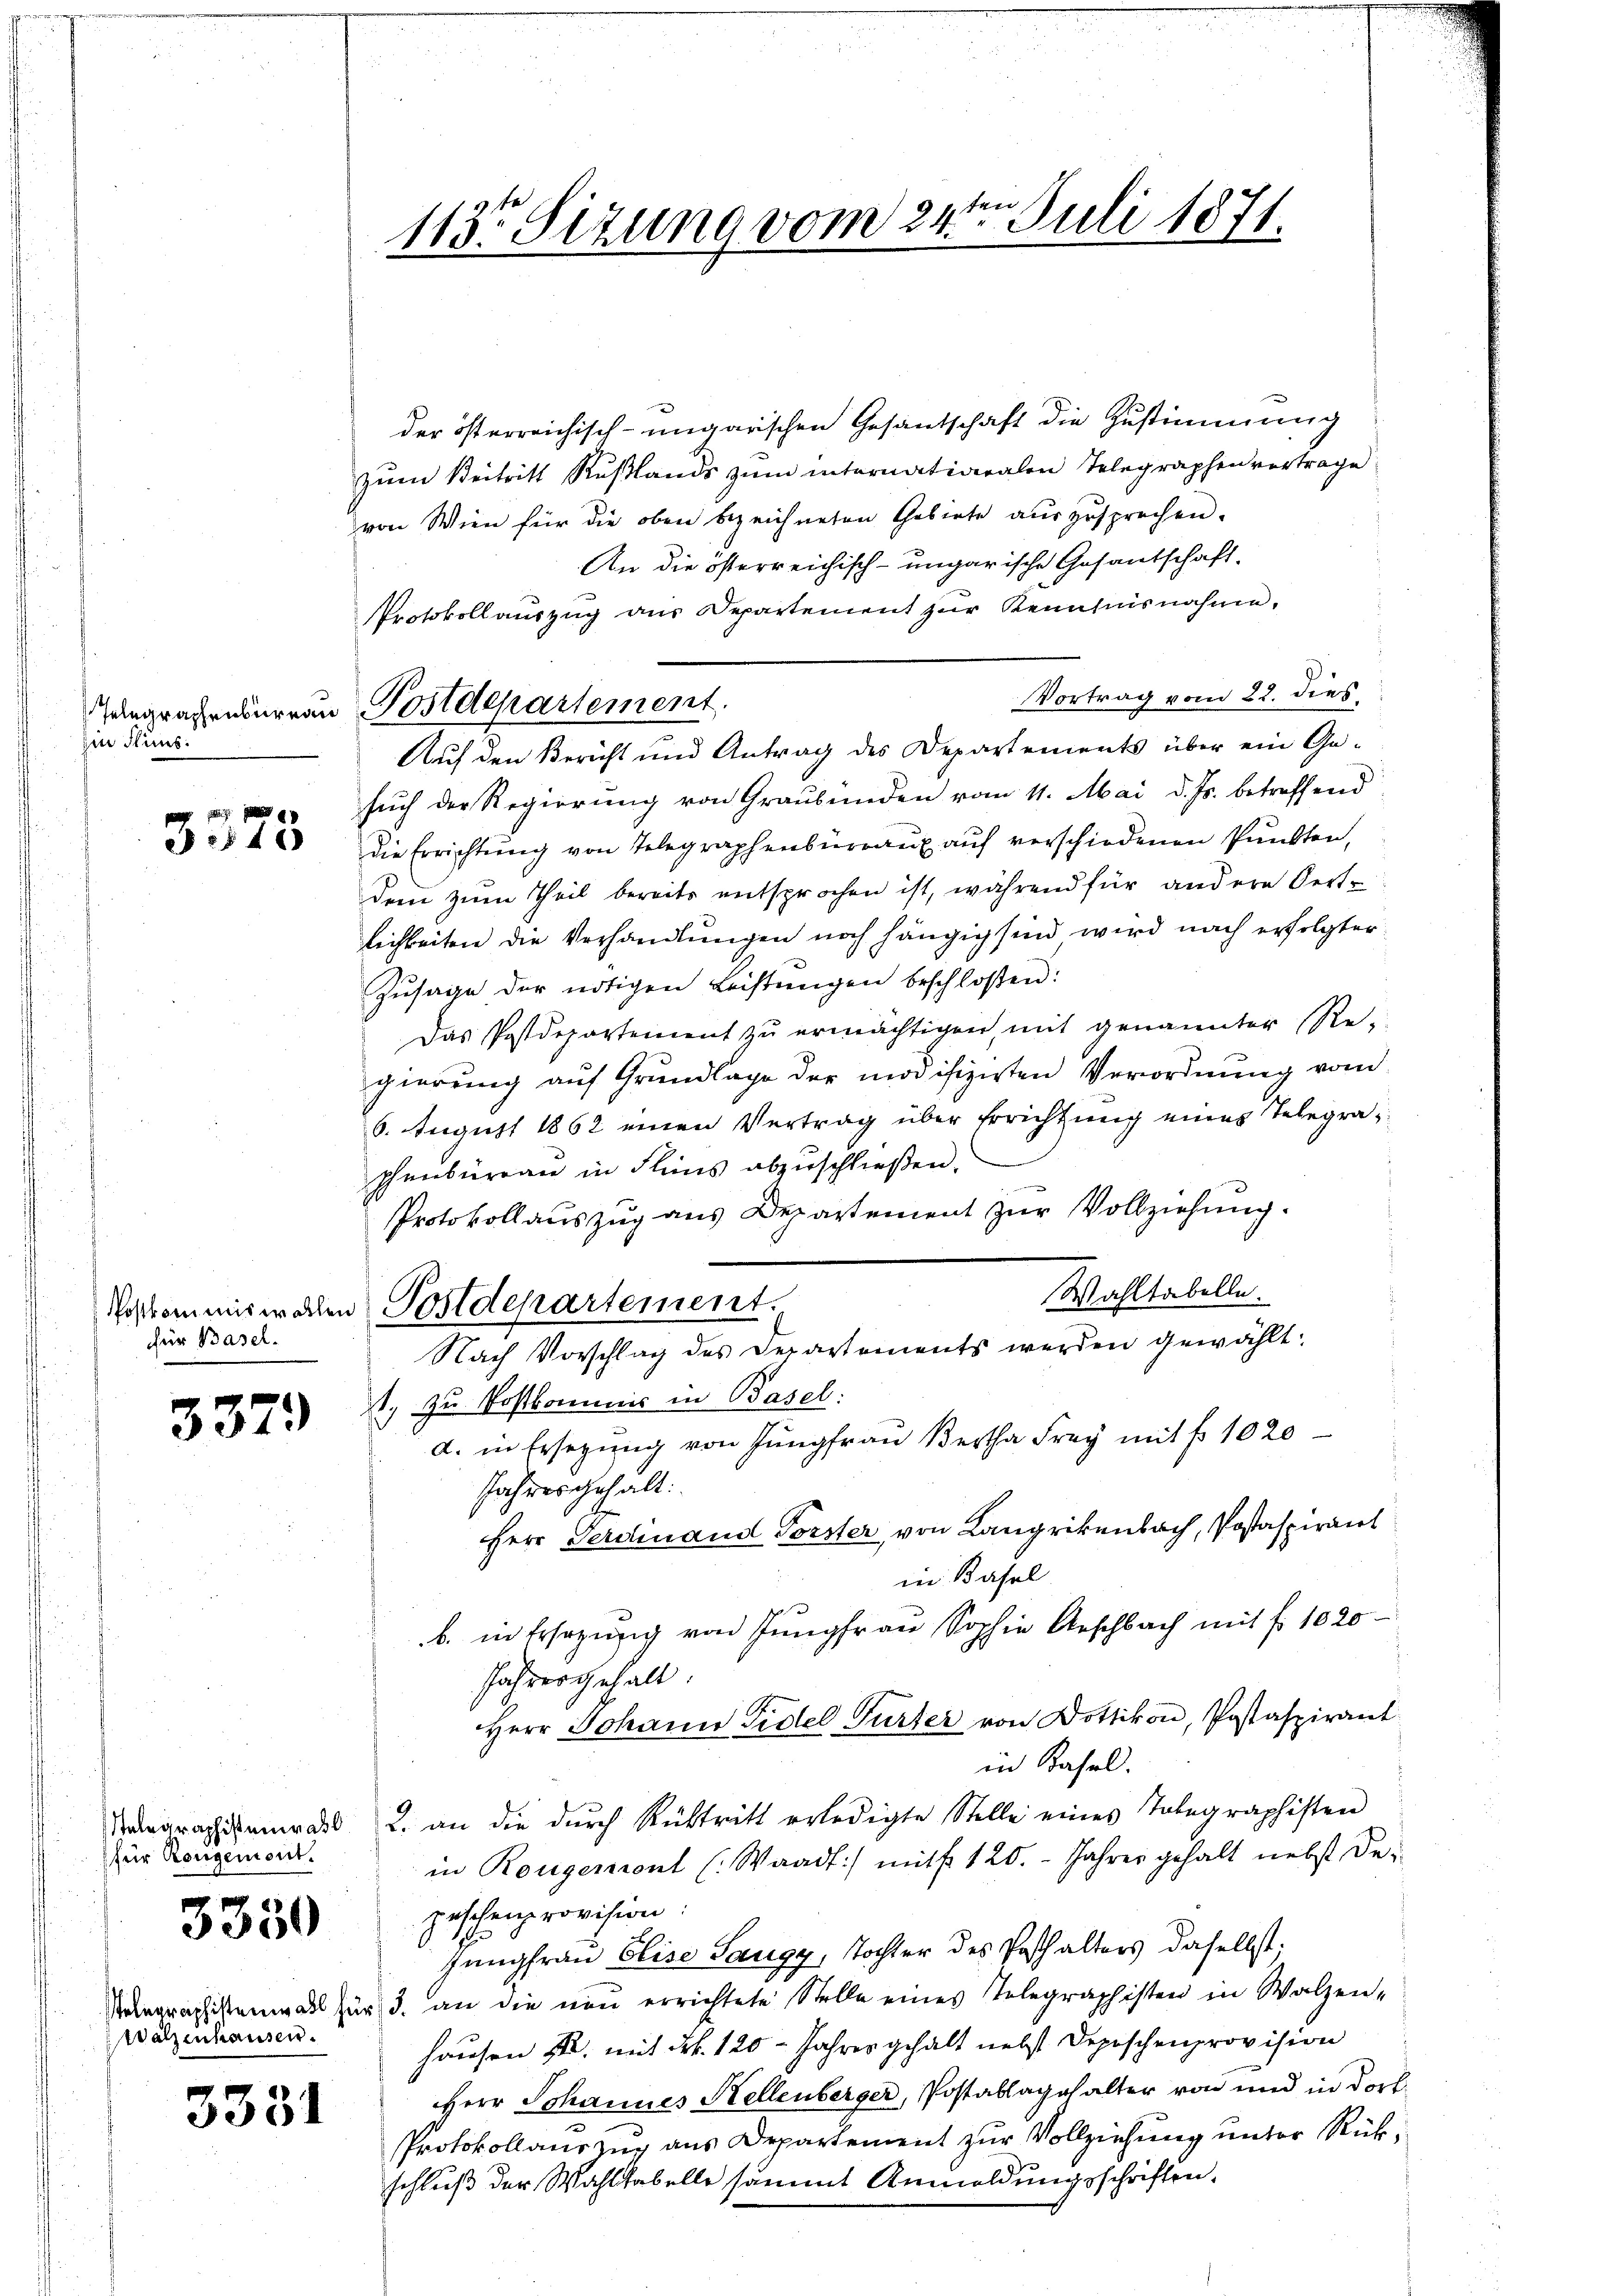
Ein Kuns

2
3343

für Basel.

3379)

für Rongement.

3330

Walzenhausen.

3331

der österreichisch-ungarischen Gesantschaft die Zustimmung
zum Beitritt Rußlands zum internationalen Telegraphen vertrage
von Wien für die oben bezeichneten Gebiete auszusprechen.
An die österreichisch-ungarische Gesandschaft-
Vortrag vom 22. dies
Auf den Bericht und Antrag des Departements über ein Gesŭch der Regierung von Graubünden vom 11. Mai d. Js. betreffend
die Errichtŭng von Telegraphenbŭrraŭf aŭf verschiedenen Pŭnkten,
dem zum Theil bereits entsprochen ist, während für andere Oert-
lichkeiten die Verhandlungen noch hängig sind wird nach erfolgter
Zusage der nötigen Leistungen beschloßen:
Das Postdepartement zu ermächtigen, mit genannter Re-
gierung auf Grundlage der modifizirten Verordnung vom
6. August 1862 einen Vertrag über Errichtung eines Telegraphenbureau in Flins abzuschließen.
Protokollauszug aus Departement zur Vollziehung.
Wahltabelle.
Nach Vorschlag des Departements werden gewählt:
st. zu Postkommnis in Basel:
d. in Ersezung von Jungfrau Bertha Frey mit fr. 1020
Jahres gehalt:
Herr Ferdinand Forster, von Langrikenbach, Postaspiranl
in Basel
b. in Ersezung von Jungfrau Sophie Anschbach mit fr. 1020
Jahrer gehalt.
Herr Johann Fidel Gurter von Dottikon, Postaspirant
in Basel.
Nagraphiena u. an die dŭrch Rücktritt erledigte Stelle eines Tolegraphisten
in Rougeront (Waadt:/ mit 120. Jahrer gehalt nebst Depeschenprovision.
e
Jungfrau Elise Saugg, Tochter des Posthalters daselbst.
Seegraphistenmal für 3. an die neŭ errichtete Stelle eines Telegraphisten in Walzen-
hausen u. mit Frk. 120 - Jahres gehalt nebst Depeschenprovision
Herr Johannes Stellenberger, Postablagehalter von und in dort
Protokollauszug aus Departement zur Vollziehung unter Rückschluß der Wahlstabelle sämmt Anmeldungsschriften.

113o Sizung vom 24te͇n Juli 1871.

Protokollauszug aus Departement zŭr Kenntnisnahme,
Tanprachensurran Postdepartement.

Poskommiswalen Postdepartement.